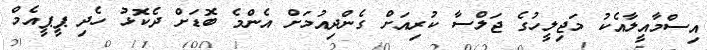
އިސްމާއީލާއެކު މަޖިލީހުގެ ޖަލްސާ ކުރިއަށް ގެންދިއުމަށް އެންމެ ބޮޑަށް ދެކޮޅު ހެދި ޕީޕީއެމް